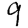
Digit: 9